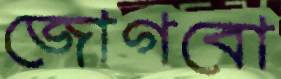
জোগবো